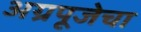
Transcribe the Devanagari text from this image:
अग्रपूजेचा